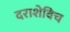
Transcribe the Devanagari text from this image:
दराशेविच